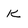
Character: K